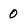
Character: 0